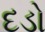
દડો